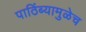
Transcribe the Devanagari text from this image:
पाठिंब्यामुळेच